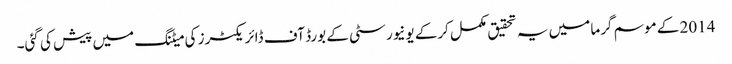
2014 کے موسم گرما میں یہ تحقیق مکمل کرکے یونیورسٹی کے بورڈ آف ڈائریکٹرز کی میٹنگ میں پیش کی گئی۔